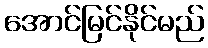
အောင်မြင်နိုင်မည်